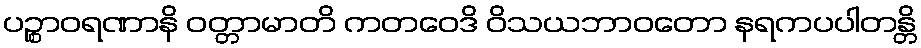
ပဉ္စာဝရဏာနိ ဝတ္တာမာတိ ကတဝေဒိ ဝိသယဘာဝတော နရကပပါတန္တိ